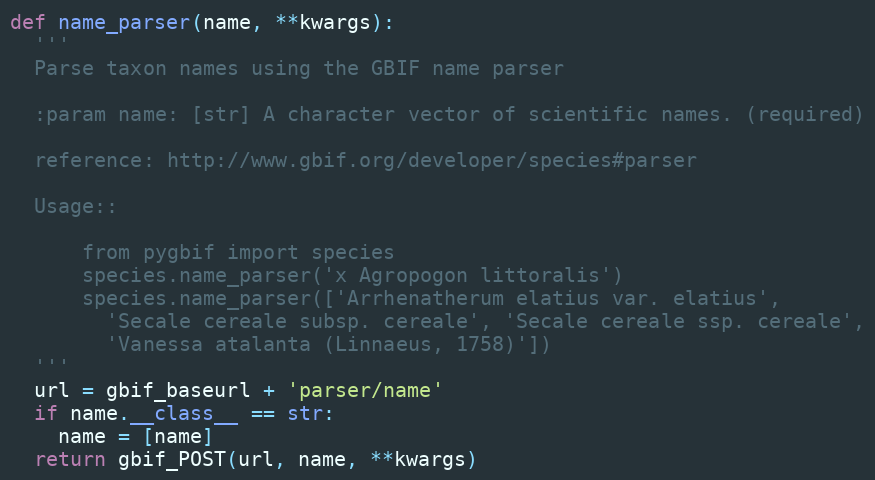
Language: Python
def name_parser(name, **kwargs):
  '''
  Parse taxon names using the GBIF name parser

  :param name: [str] A character vector of scientific names. (required)

  reference: http://www.gbif.org/developer/species#parser

  Usage::

      from pygbif import species
      species.name_parser('x Agropogon littoralis')
      species.name_parser(['Arrhenatherum elatius var. elatius',
        'Secale cereale subsp. cereale', 'Secale cereale ssp. cereale',
        'Vanessa atalanta (Linnaeus, 1758)'])
  '''
  url = gbif_baseurl + 'parser/name'
  if name.__class__ == str:
    name = [name]
  return gbif_POST(url, name, **kwargs)